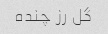
گل رز چنده